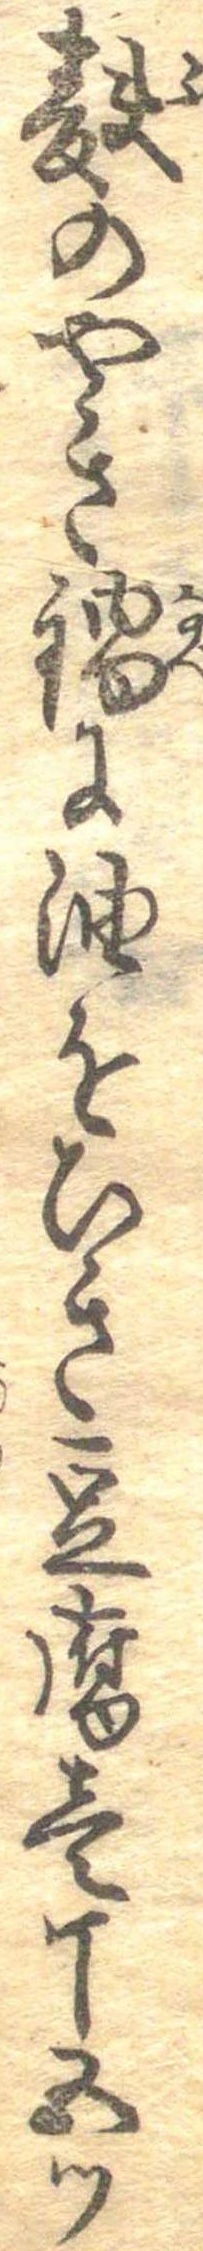
麩のやき鍋に油をひき豆腐壱丁五つ